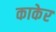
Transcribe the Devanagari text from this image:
काकेर